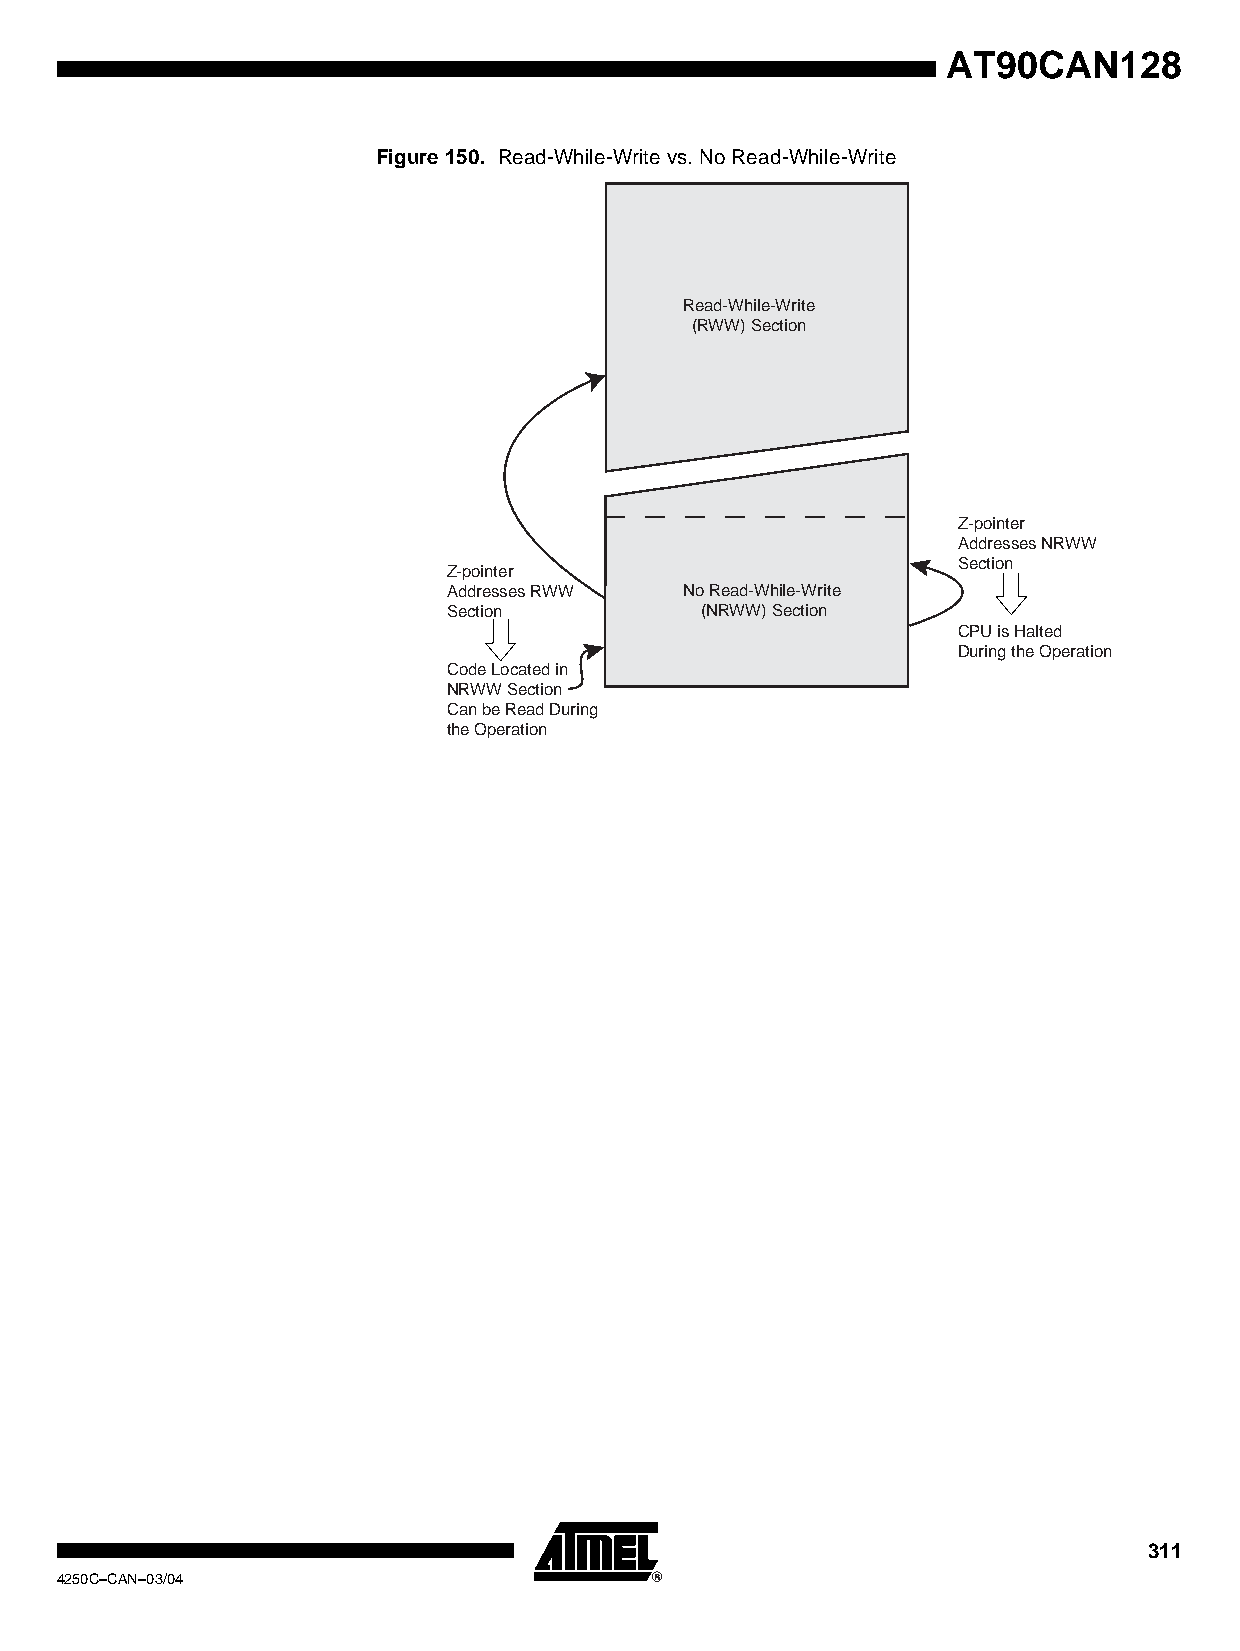
AT90CAN128
 Figure 150. Read-While-Write vs. No Read-While-Write
 Read-While-Write
 (RWW) Section
 Z-pointer
 Addresses NRWW
 Section
 Z-pointer
 Addresses RWW  No Read-While-Write
 Section         (NRWW) Section
 CPU is Halted
 During the Operation
 Code Located in
 NRWW Section
 Can be Read During
 the Operation
 311
 4250C–CAN–03/04